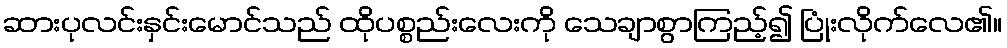
ဆားပုလင်းနှင်းမောင်သည် ထိုပစ္စည်းလေးကို သေချာစွာကြည့်၍ ပြုံးလိုက်လေ၏။